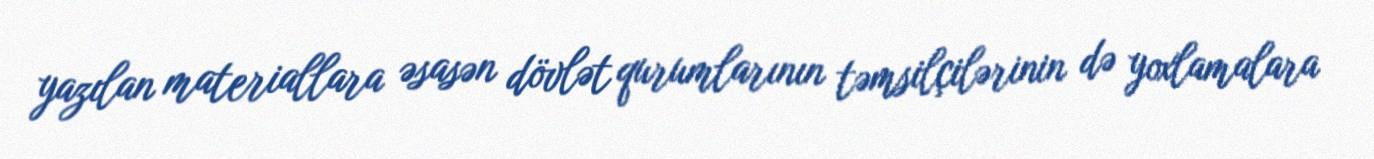
yazılan materiallara əsasən dövlət qurumlarının təmsilçilərinin də yoxlamalara